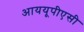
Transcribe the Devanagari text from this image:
आययूपीएसी